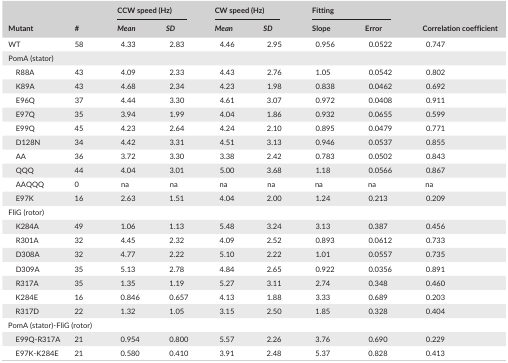
<table><thead><tr><td rowspan="2"><b>Mutant</b></td><td rowspan="2"><b>#</b></td><td colspan="2"><b>CCW speed (Hz)</b></td><td colspan="2"><b>CW speed (Hz)</b></td><td colspan="2"><b>Fitting</b></td><td rowspan="2"><b>Correlation coefficient</b></td></tr><tr><td><b><i>Mean</i></b></td><td><b><i>SD</i></b></td><td><b><i>Mean</i></b></td><td><b><i>SD</i></b></td><td><b>Slope</b></td><td><b>Error</b></td></tr></thead><tbody><tr><td>WT</td><td>58</td><td>4.33</td><td>2.83</td><td>4.46</td><td>2.95</td><td>0.956</td><td>0.0522</td><td>0.747</td></tr><tr><td colspan="9">PomA (stator)</td></tr><tr><td>R88A</td><td>43</td><td>4.09</td><td>2.33</td><td>4.43</td><td>2.76</td><td>1.05</td><td>0.0542</td><td>0.802</td></tr><tr><td>K89A</td><td>43</td><td>4.68</td><td>2.34</td><td>4.23</td><td>1.98</td><td>0.838</td><td>0.0462</td><td>0.692</td></tr><tr><td>E96Q</td><td>37</td><td>4.44</td><td>3.30</td><td>4.61</td><td>3.07</td><td>0.972</td><td>0.0408</td><td>0.911</td></tr><tr><td>E97Q</td><td>35</td><td>3.94</td><td>1.99</td><td>4.04</td><td>1.86</td><td>0.932</td><td>0.0655</td><td>0.599</td></tr><tr><td>E99Q</td><td>45</td><td>4.23</td><td>2.64</td><td>4.24</td><td>2.10</td><td>0.895</td><td>0.0479</td><td>0.771</td></tr><tr><td>D128N</td><td>34</td><td>4.42</td><td>3.31</td><td>4.51</td><td>3.13</td><td>0.946</td><td>0.0537</td><td>0.855</td></tr><tr><td>AA</td><td>36</td><td>3.72</td><td>3.30</td><td>3.38</td><td>2.42</td><td>0.783</td><td>0.0502</td><td>0.843</td></tr><tr><td>QQQ</td><td>44</td><td>4.04</td><td>3.01</td><td>5.00</td><td>3.68</td><td>1.18</td><td>0.0566</td><td>0.867</td></tr><tr><td>AAQQQ</td><td>0</td><td>na</td><td>na</td><td>na</td><td>na</td><td>na</td><td>na</td><td>na</td></tr><tr><td>E97K</td><td>16</td><td>2.63</td><td>1.51</td><td>4.04</td><td>2.00</td><td>1.24</td><td>0.213</td><td>0.209</td></tr><tr><td colspan="9">FliG (rotor)</td></tr><tr><td>K284A</td><td>49</td><td>1.06</td><td>1.13</td><td>5.48</td><td>3.24</td><td>3.13</td><td>0.387</td><td>0.456</td></tr><tr><td>R301A</td><td>32</td><td>4.45</td><td>2.32</td><td>4.09</td><td>2.52</td><td>0.893</td><td>0.0612</td><td>0.733</td></tr><tr><td>D308A</td><td>32</td><td>4.77</td><td>2.22</td><td>5.10</td><td>2.22</td><td>1.01</td><td>0.0557</td><td>0.735</td></tr><tr><td>D309A</td><td>35</td><td>5.13</td><td>2.78</td><td>4.84</td><td>2.65</td><td>0.922</td><td>0.0356</td><td>0.891</td></tr><tr><td>R317A</td><td>35</td><td>1.35</td><td>1.19</td><td>5.27</td><td>3.11</td><td>2.74</td><td>0.348</td><td>0.460</td></tr><tr><td>K284E</td><td>16</td><td>0.846</td><td>0.657</td><td>4.13</td><td>1.88</td><td>3.33</td><td>0.689</td><td>0.203</td></tr><tr><td>R317D</td><td>22</td><td>1.32</td><td>1.05</td><td>3.15</td><td>2.50</td><td>1.85</td><td>0.328</td><td>0.404</td></tr><tr><td colspan="9">PomA (stator)‐FliG (rotor)</td></tr><tr><td>E99Q‐R317A</td><td>21</td><td>0.954</td><td>0.800</td><td>5.57</td><td>2.26</td><td>3.76</td><td>0.690</td><td>0.229</td></tr><tr><td>E97K‐K284E</td><td>21</td><td>0.580</td><td>0.410</td><td>3.91</td><td>2.48</td><td>5.37</td><td>0.828</td><td>0.413</td></tr></tbody></table>